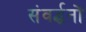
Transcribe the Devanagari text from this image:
संवर्द्धनों